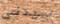
سيدنى